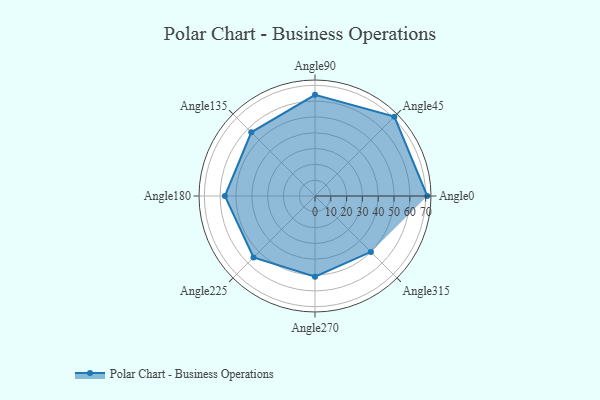
{"axis": {"x": "Angle", "y": "Radius"}, "legend": [""], "data": [{"x": "Angle0", "y": 71.0, "type": ""}, {"x": "Angle45", "y": 71.0, "type": ""}, {"x": "Angle90", "y": 64.0, "type": ""}, {"x": "Angle135", "y": 57.0, "type": ""}, {"x": "Angle180", "y": 57.0, "type": ""}, {"x": "Angle225", "y": 55.0, "type": ""}, {"x": "Angle270", "y": 51.0, "type": ""}, {"x": "Angle315", "y": 50, "type": ""}]}